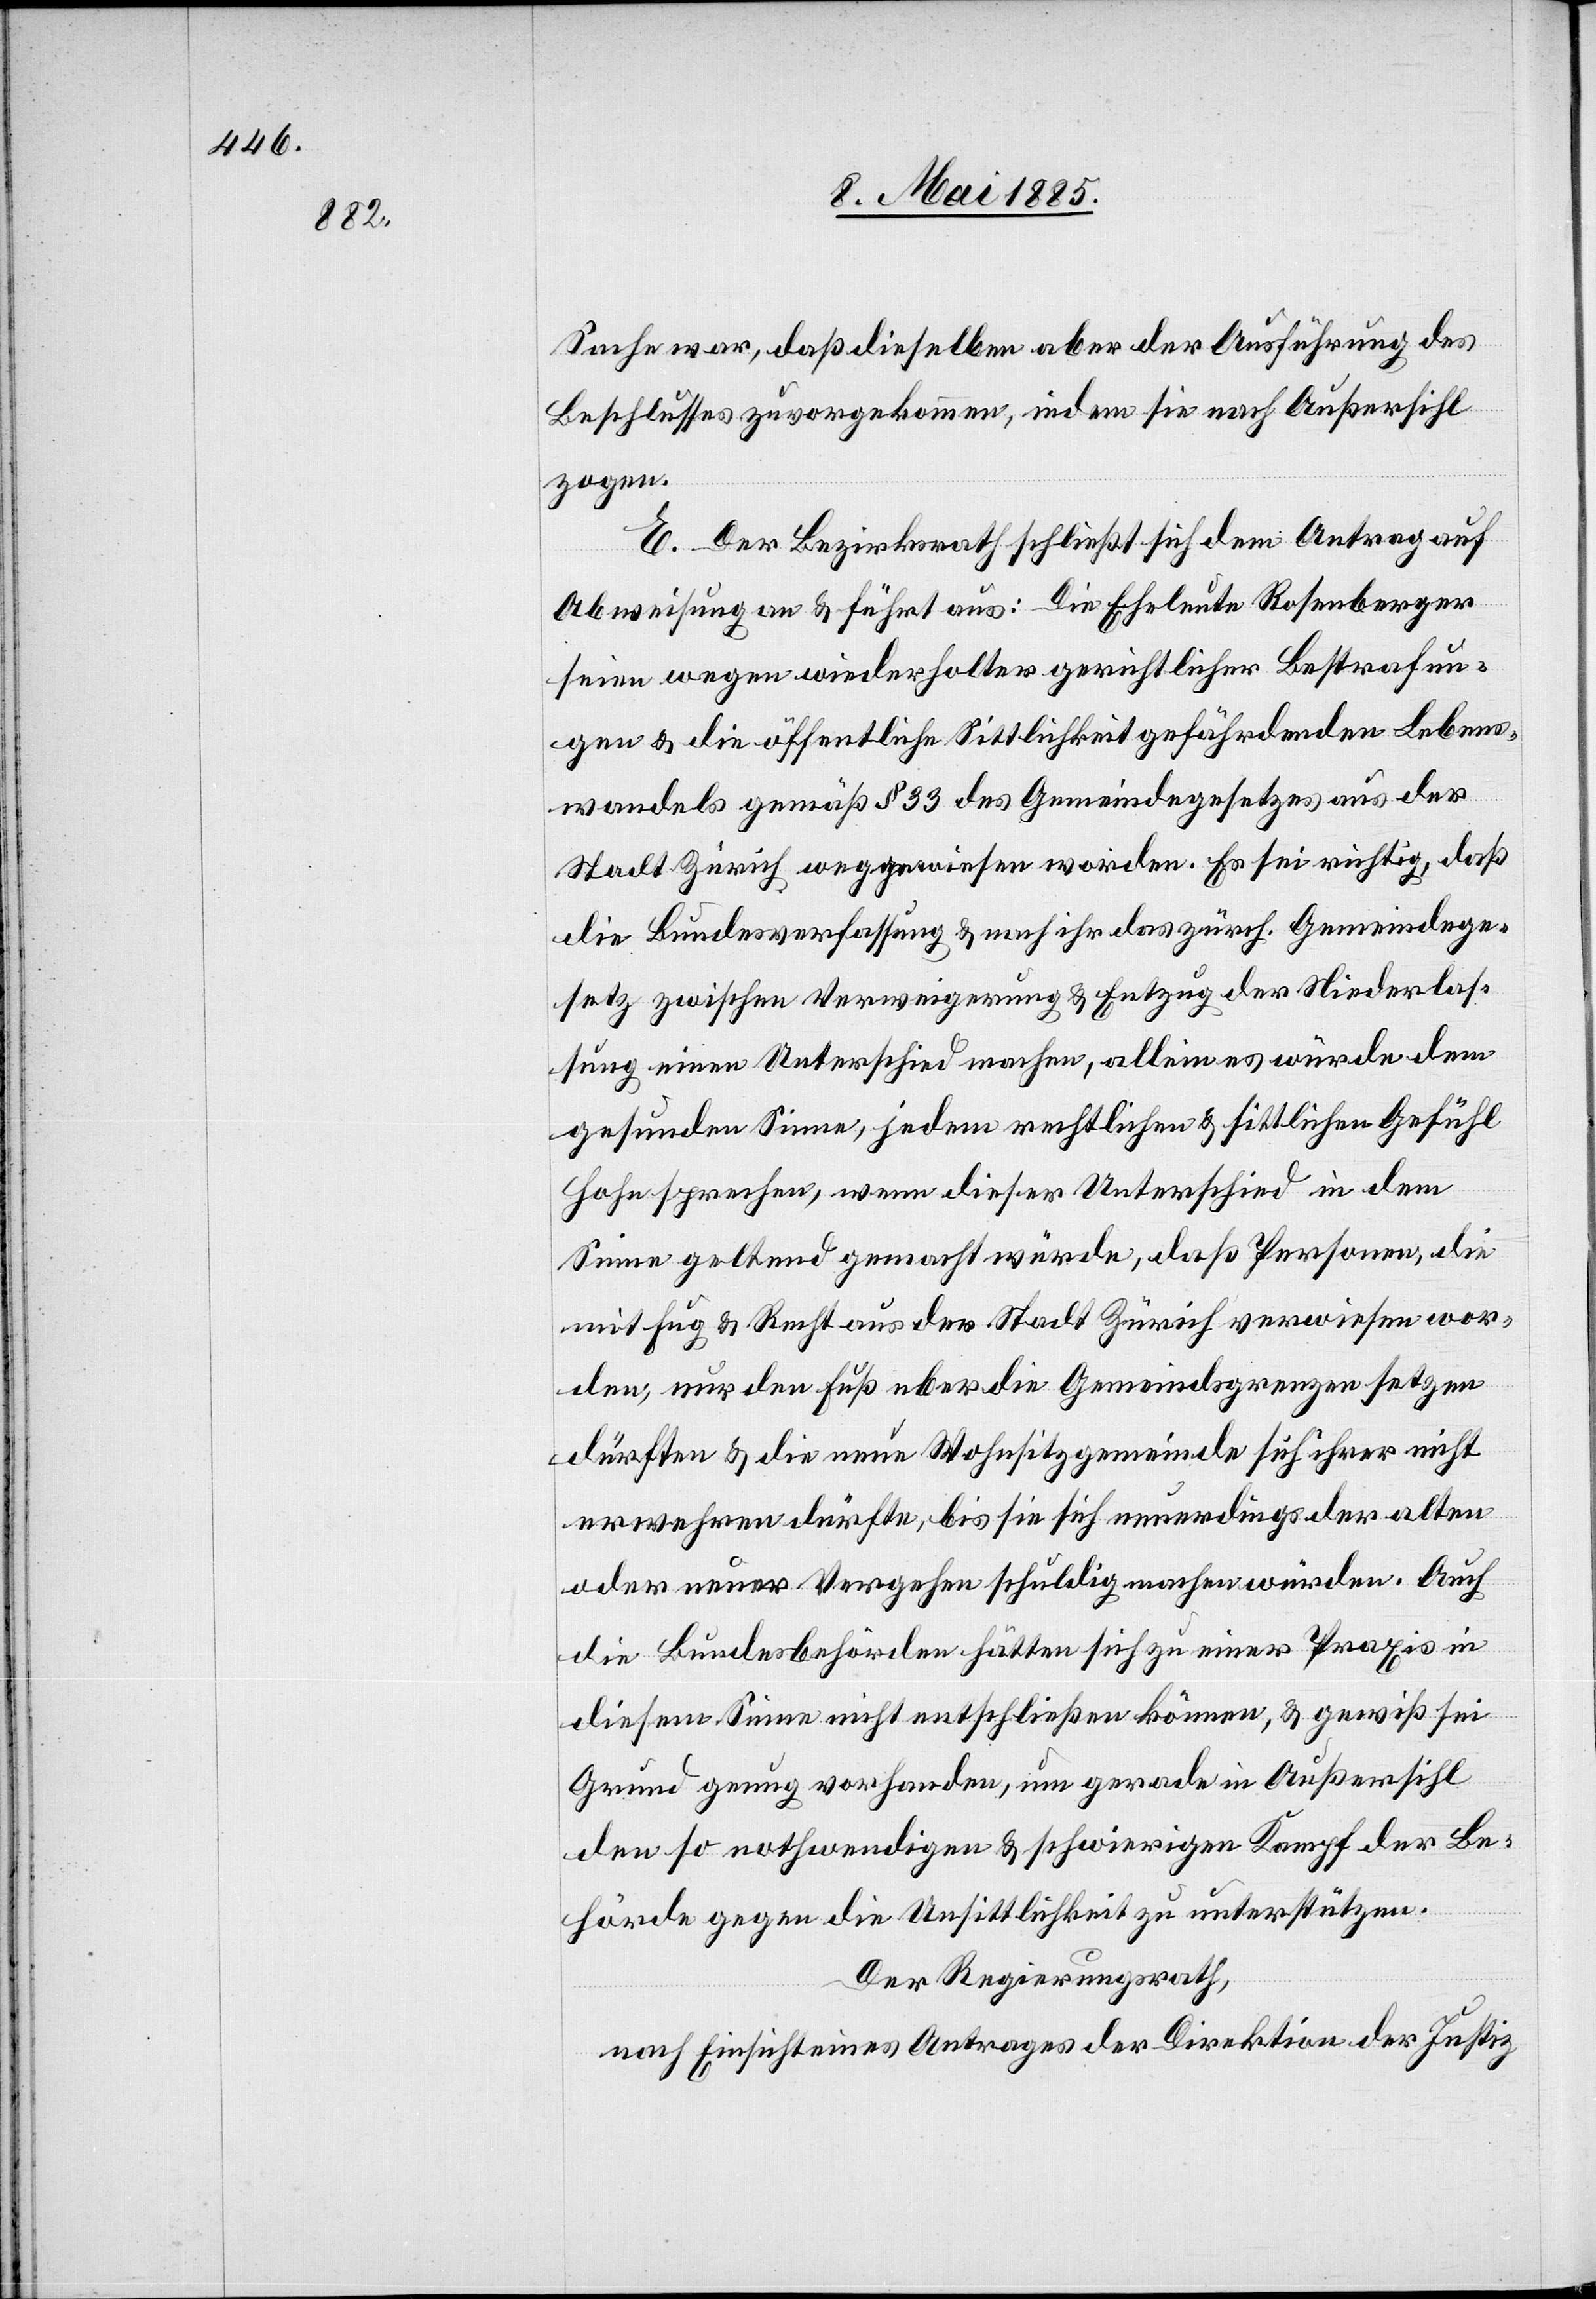
Sache war, daß dieselben aber der Ausführung des
Beschlusses zuvorgekommen, indem sie nach Außersihl
zogen.
E. Der Bezirksrath schließt sich dem Antrag auf
Abweisung an & führt aus: Die Eheleute Rosenberger
seien wegen wiederholter gerichtlicher Bestrafun¬
gen & die öffentliche Sittlichkeit gefährdenden Lebens¬
wandels gemäß § 33 des Gemeindegesetzes aus der
Stadt Zürich weggewiesen worden. Es sei richtig, daß
die Bundesverfassung & nach ihr das zürch. Gemeindege¬
setz zwischen Verweigerung & Entzug der Niederlas¬
sung einen Unterschied machen, allein es würde dem
gesunden Sinne, jedem rechtlichen & sittlichen Gefühl
Hohn sprechen, wenn dieser Unterschied in dem
Sinne geltend gemacht würde, daß Personen, die
mit Fug & Recht aus der Stadt Zürich verwiesen wor¬
den, nur den Fuß über die Gemeindsgrenzen setzen
dürften & die neue Wohnsitzgemeinde sich ihrer nicht
verwehren dürfte, bis sie sich neuerdings der alten
oder neuer Vergehen schuldig machen würden. Auch
die Bundesbehörden hätten sich zu einer Praxis in
diesem Sinne nicht entschließen können, & gewiß sei
Grund genug vorhanden, um gerade in Außersihl
den so nothwendigen & schwierigen Kampf der Be¬
hörde gegen die Unsittlichkeit zu unterstützen.
Der Regierungsrath,
nach Einsicht eines Antrages der Direktion der Justiz